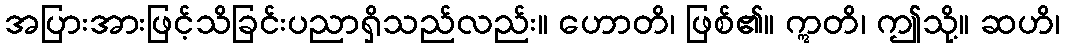
အပြားအားဖြင့်သိခြင်းပညာရှိသည်လည်း။ ဟောတိ၊ ဖြစ်၏။ ဣတိ၊ ဤသို့။ ဆဟိ၊